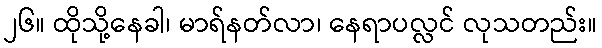
၂၆။ ထိုသို့နေခါ၊ မာရ်နတ်လာ၊ နေရာပလ္လင် လုသတည်း။